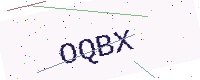
Text: OQBX